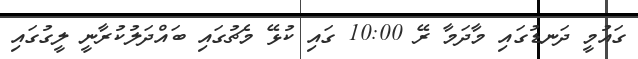
ގައުމީ ދަނޑުގައި މާދަމާ ރޭ 10:00 ގައި ކުޅޭ މެޗުގައި ބައްދަލުކުރާނީ ލީގުގައި